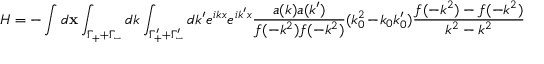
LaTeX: H = - \int d { \bf x } \int _ { \Gamma _ { + } + \Gamma _ { - } } d k \int _ { \Gamma _ { + } ^ { \prime } + \Gamma _ { - } ^ { \prime } } d k ^ { \prime } e ^ { i k x } e ^ { i k ^ { \prime } x } \frac { a ( k ) a ( k ^ { \prime } ) } { f ( - k ^ { 2 } ) f ( - k ^ { 2 } ) } ( k _ { 0 } ^ { 2 } - k _ { 0 } k _ { 0 } ^ { \prime } ) \frac { f ( - k ^ { 2 } ) - f ( - k ^ { 2 } ) } { k ^ { 2 } - k ^ { 2 } }